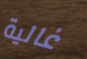
غالية